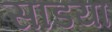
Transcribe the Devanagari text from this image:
साडया